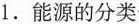
1.能源的分类